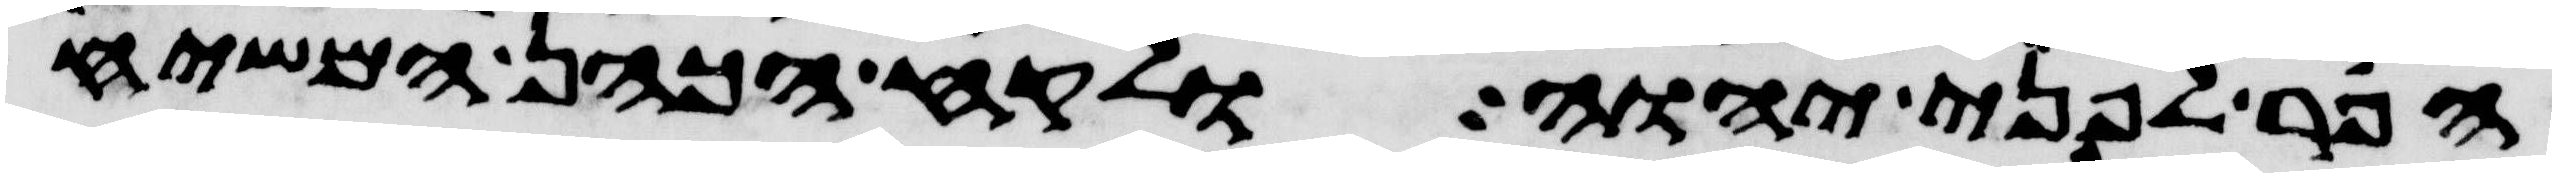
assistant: הפר לפני יהוה ולקח הכהן המשיח